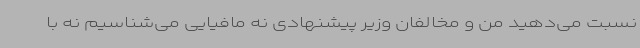
نسبت می‌دهید من و مخالفان وزیر پیشنهادی نه مافیایی می‌شناسیم نه با